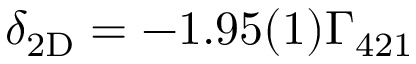
\ensuremath { \delta _ { \mathrm { 2 D } } } = - 1 . 9 5 ( 1 ) \ensuremath { \Gamma _ { 4 2 1 } }